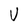
Character: U